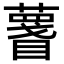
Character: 𥋚